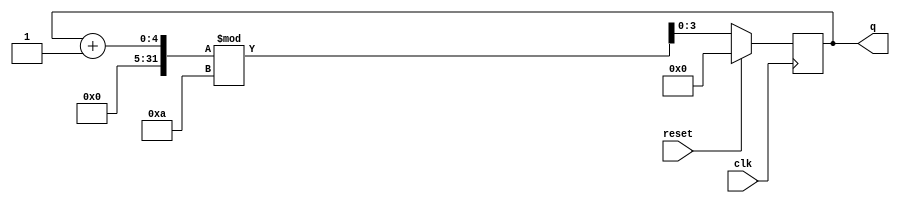
module top_module (
    input clk,
    input reset,        // Synchronous active-high reset
    output [3:0] q);
    
    always @(posedge clk) begin
        if(reset) q<=4'b0;
        else q<=(q+1)%10;
    end

endmodule